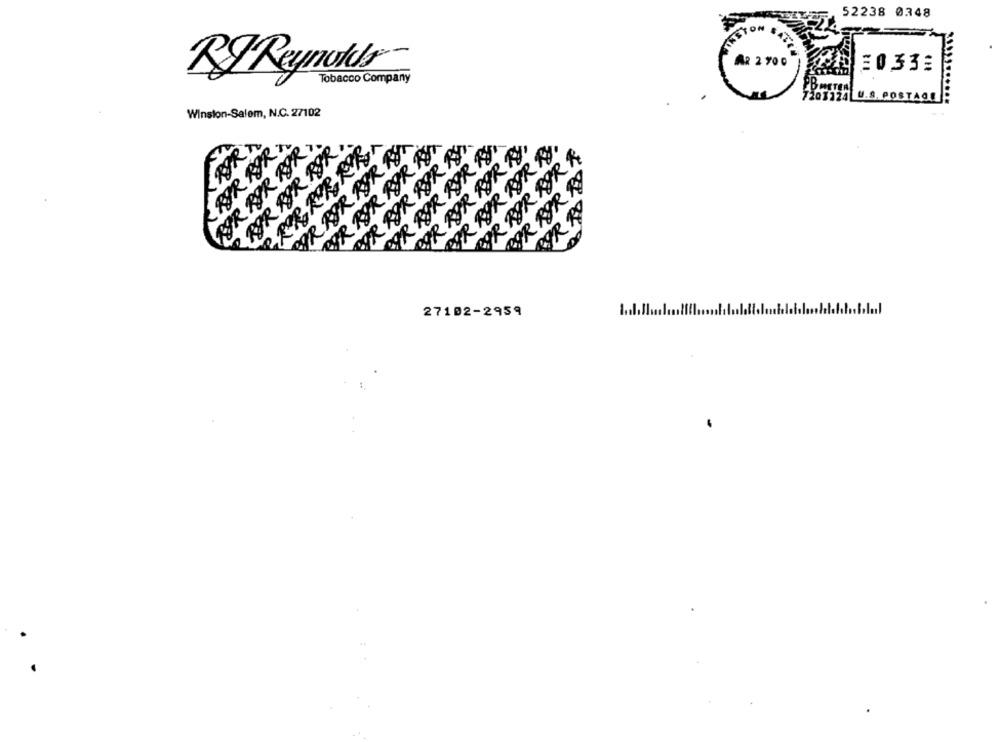
52238 0348
TON
AR 2 700
RI Reynolds
20,33:
Tobacco Company
201124 U.S. POSTAGE
Winston-Salem, N.C. 27102
KARS
ROR POR
POR POR POR REN
POR POR POR RET.
eØR ROR POR RY
RØR POR ROR ,
POR POR ROR Ry,
POR BOR BOR RY
POR RØR POR R
RØR POR RO
27102-2959